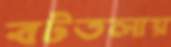
বটতলায়